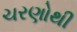
ચરણોથી